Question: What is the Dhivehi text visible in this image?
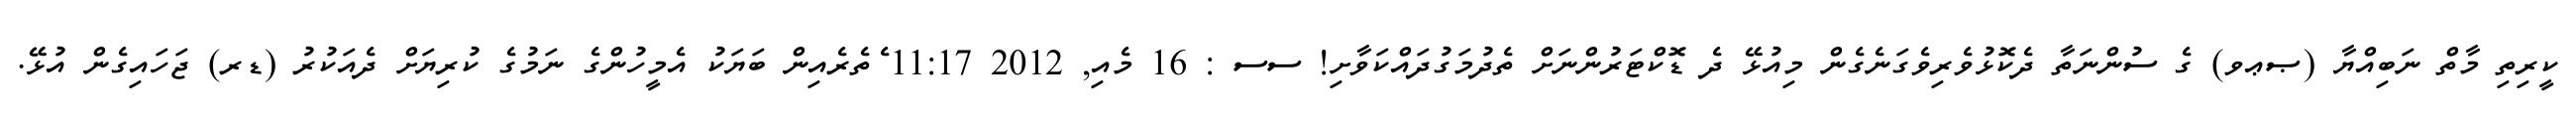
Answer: ކީރިތި މާތް ނަބިއްޔާ (ޞޢވ) ގެ ސުންނަތާ ދެކޮޅުވެރިވެގަނެގެން މިއުޅޭ ދެ ޑޮކްޓަރުންނަށް ތެދުމަގުދައްކަވާށި! ސސ : 16 މެއި, 2012 11:17 ެތެރެއިން ބަޔަކު އެމީހުންގެ ނަމުގެ ކުރިޔަށް ދެއަކުރު (ޑރ) ޖަހައިގެން އުޅޭ.